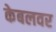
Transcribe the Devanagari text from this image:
केबलवर